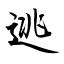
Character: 逃